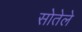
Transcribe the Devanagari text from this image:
सोतेले